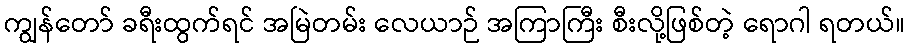
ကျွန်တော် ခရီးထွက်ရင် အမြဲတမ်း လေယာဉ် အကြာကြီး စီးလို့ဖြစ်တဲ့ ရောဂါ ရတယ်။